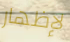
لإظهار